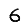
Digit: 6